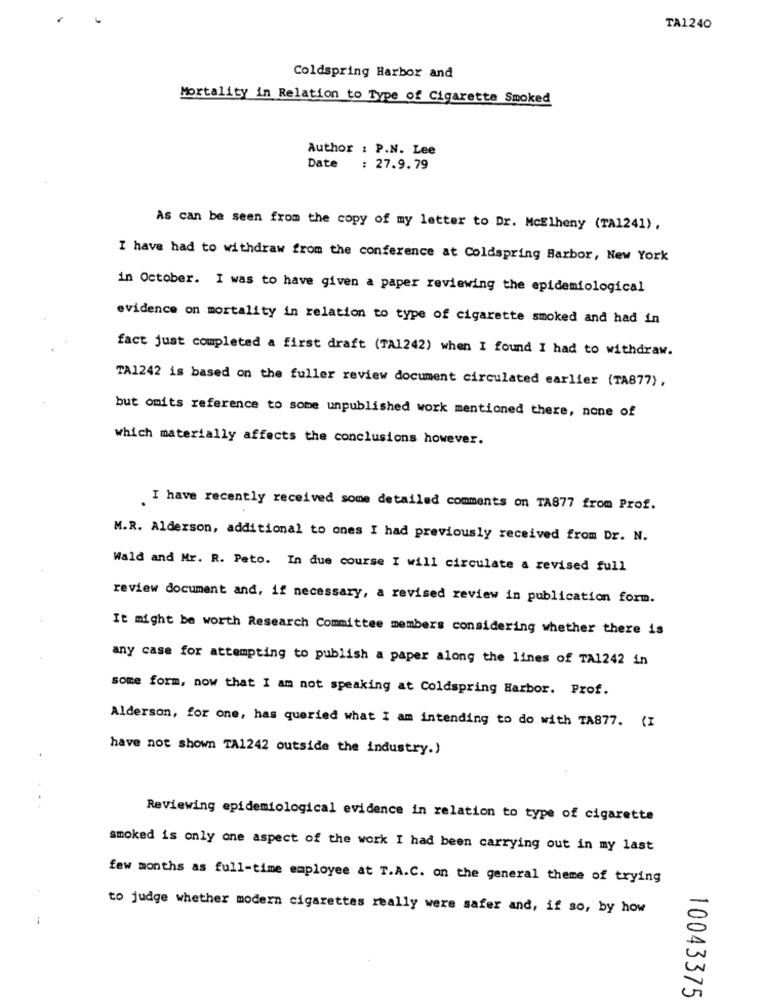
TA1240
Coldspring Harbor and
Mortality in Relation to Type of Cigarette Smoked
Author : P.N. Lee
Date
: 27.9.79
As can be seen from the copy of my letter to Dr. McElheny (TA1241),
I have had to withdraw from the conference at Coldspring Harbor, New York
in October. I was to have given a paper reviewing the epidemiological
evidence on mortality in relation to type of cigarette smoked and had in
fact just completed a first draft (TA1242) when I found I had to withdraw.
TA1242 is based on the fuller review document circulated earlier (TA877),
but omits reference to some unpublished work mentioned there, none of
which materially affects the conclusions however.
I have recently received some detailed comments on TA877 from Prof.
M.R. Alderson, additional to ones I had previously received from Dr. N.
Wald and Mr. R. Peto. In due course I will circulate a revised full
review document and, if necessary, a revised review in publication form.
It might be worth Research Committee members considering whether there is
any case for attempting to publish a paper along the lines of TA1242 in
some form, now that I am not speaking at Coldspring Harbor. Prof.
Alderson, for one, has queried what I am intending to do with TA877. (I
have not shown TA1242 outside the industry.)
Reviewing epidemiological evidence in relation to type of cigarette
smoked is only one aspect of the work I had been carrying out in my last
few months as full-time employee at T.A.C. on the general theme of trying
to judge whether modern cigarettes really were safer and, if so, by how
10043375